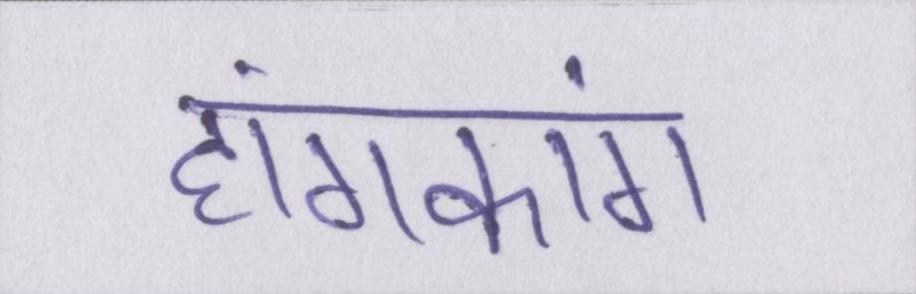
हांगकांग